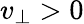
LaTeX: v_{\perp}>0